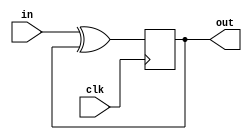
module top_module (
    input clk,
    input in, 
    output reg out
);
	initial
    	out = 0;
    
    reg d;
    
    assign d = in^out;

    always @(posedge clk) begin
        out <= d;
        //d <= in^out;
    end

endmodule